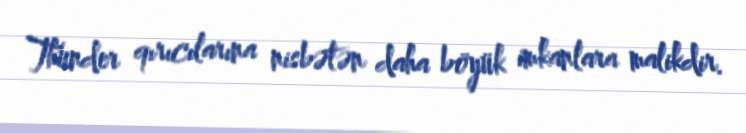
Thunder qırıcılarına nisbətən daha böyük imkanlara malikdir.